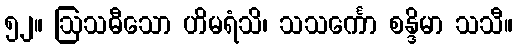
၅၂။ ဩသဓီသော ဟိမရံသိ၊ သသင်္ကော စန္ဒိမာ သသီ။